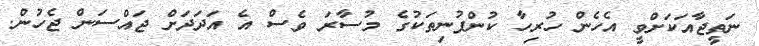
ނަތީޖާއަކަށްވީ އެހެން ހުރިހާ ކުންފުނިތަކުގެ މުސާރަ ވެސް އެ އަދަދަށް ޖައްސަން ޖެހުން.